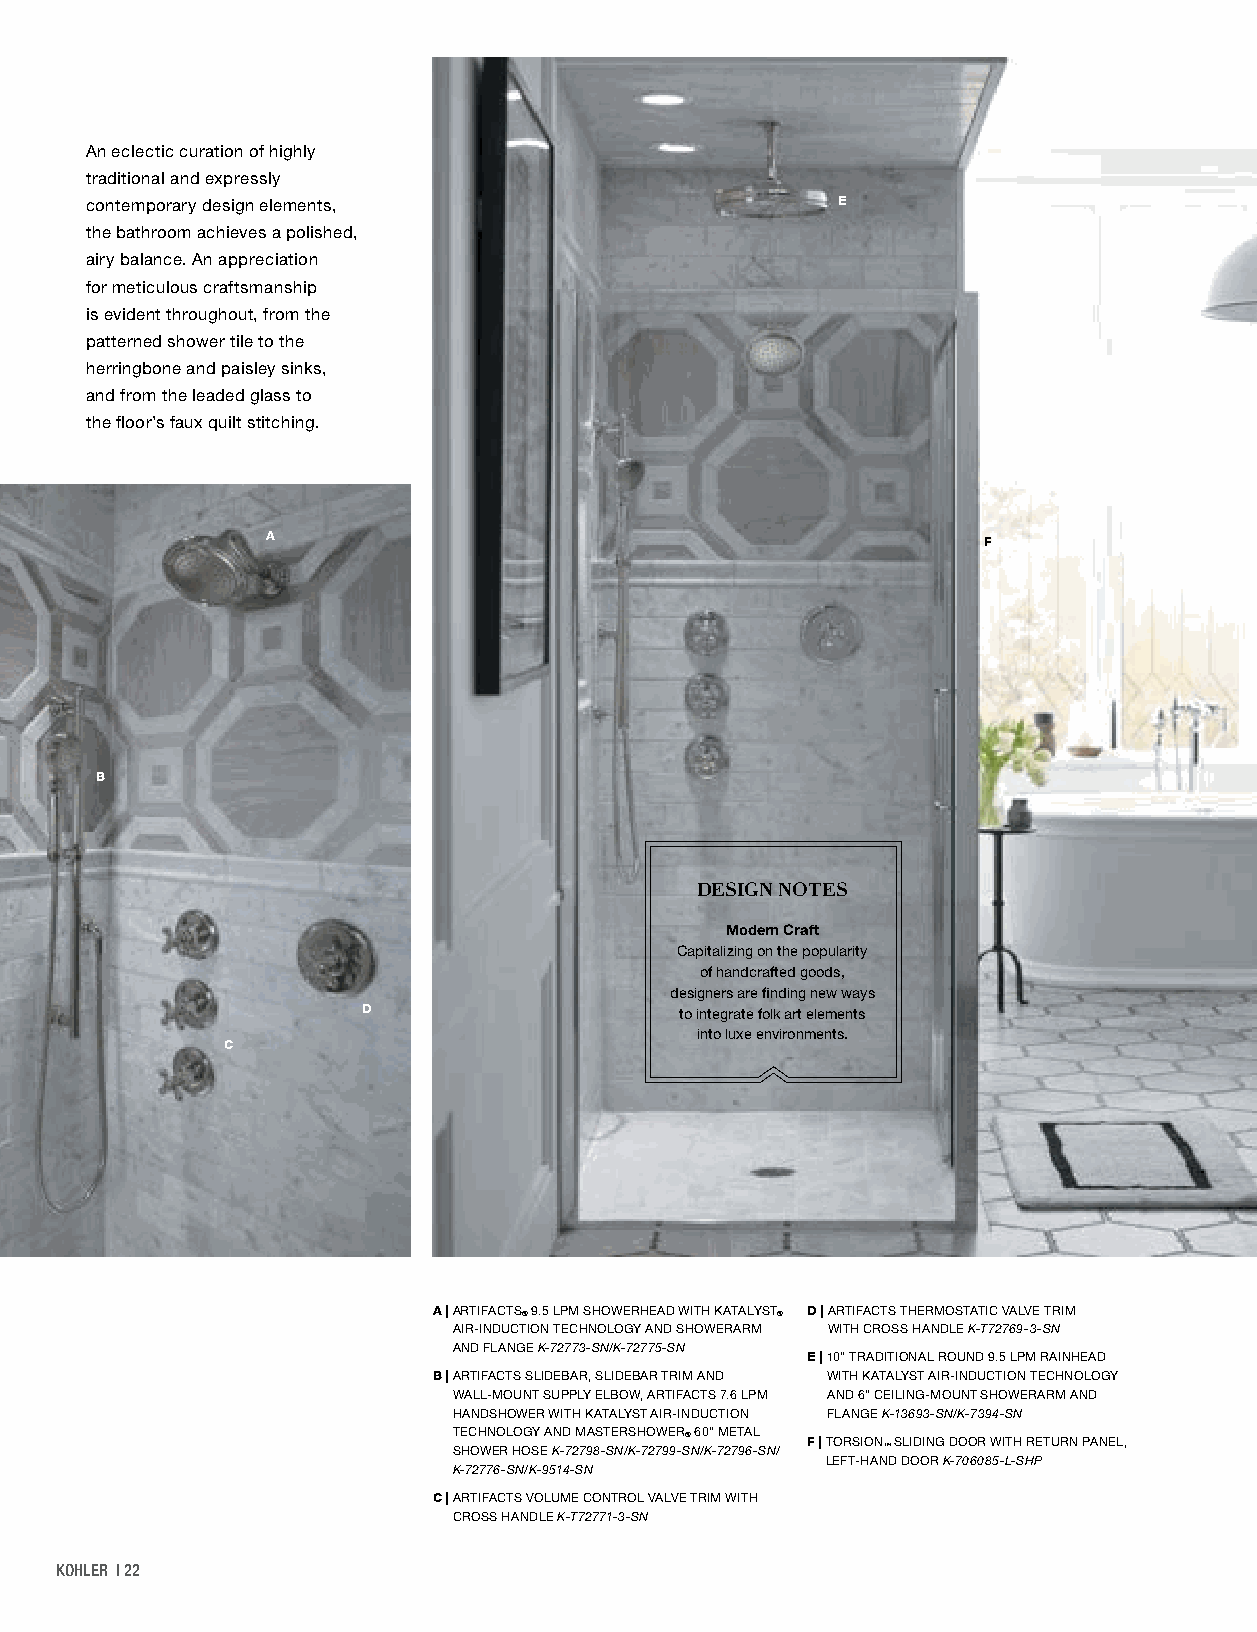
An eclectic curation of highly
 traditional and expressly
 contemporary design elements,                    E
 the bathroom achieves a polished,
 airy balance. An appreciation
 for meticulous craftsmanship
 is evident throughout, from the
 patterned shower tile to the
 herringbone and paisley sinks,
 and from the leaded glass to
 the floor’s faux quilt stitching.
 A                                              F
 B
 DESIGN NOTES
 Modern Craft
 Capitalizing on the popularity
 of handcrafted goods,
 designers are finding new ways
 D                    to integrate folk art elements
 into luxe environments.
 C
 A | A RTIFACTS® 9.5 LPM SHOWERHEAD WITH KATALYST® D | A RTIFACTS THERMOSTATIC VALVE TRIM
 AIR-INDUCTION TECHNOLOGY AND SHOWERARM WITH CROSS HANDLE K-T72769-3-SN
 AND FLANGE K-72773-SN/K-72775-SN
 E | 1 0" TRADITIONAL ROUND 9.5 LPM RAINHEAD
 B | A RTIFACTS SLIDEBAR, SLIDEBAR TRIM AND WITH KATALYST AIR-INDUCTION TECHNOLOGY
 WALL-MOUNT SUPPLY ELBOW, ARTIFACTS 7.6 LPM AND 6" CEILING-MOUNT SHOWERARM AND
 HANDSHOWER WITH KATALYST AIR-INDUCTION FLANGE K-13693-SN/K-7394-SN
 T SE HC OH WN EO RL HO OG SY E A KN -D 72 M 79A 8S -T SE NR /KS -H 7O 27W 9E 9R -S® N 6 /0 K" - 7M 2E 7T 9A 6L -S N/ F | T ORSION ™ SLIDING DOOR WITH RETURN PANEL,
 LEFT-HAND DOOR K-706085-L-SHP
 K-72776-SN/K-9514-SN
 C | A RTIFACTS VOLUME CONTROL VALVE TRIM WITH
 CROSS HANDLE K-T72771-3-SN
 KOHLER | 22